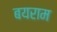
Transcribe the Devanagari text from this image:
बयराम